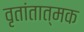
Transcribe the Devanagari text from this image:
वृतांतात्मक